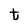
Character: t